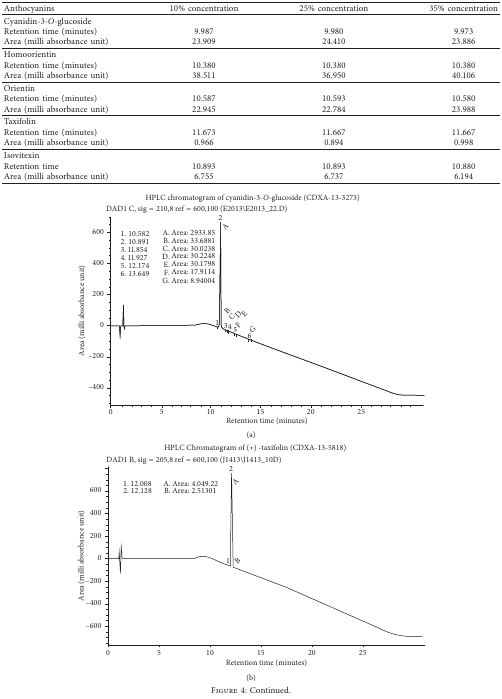
| Anthocyanins | 10% concentration | 25% concentration | 35% concentration |
 | --- | --- | --- | --- |
 | Cyanidin-3-O-glucoside | <COLSPAN=3>  |
 | Retention time (minutes) | 9.987 | 9.980 | 9.973 |
 | Area (milli absorbance unit) | 23.909 | 24.410 | 23.886 |
 | Homoorientin |  |  |  |
 | Retention time (minutes) | 10.380 | 10.380 | 10.380 |
 | Area (milli absorbance unit) | 38.511 | 36.950 | 40.106 |
 | Orientin | <COLSPAN=3>  |
 | Retention time (minutes) | 10.587 | 10.593 | 10.580 |
 | Area (milli absorbance unit) | 22.945 | 22.784 | 23.988 |
 | Taxifolin | <COLSPAN=3>  |
 | Retention time (minutes) | 11.673 | 11.667 | 11.667 |
 | Area (milli absorbance unit) | 0.966 | 0.894 | 0.998 |
 | Isovitexin | <COLSPAN=3>  |
 | Retention time | 10.893 | 10.893 | 10.880 |
 | Area (milli absorbance unit) | 6.755 | 6.737 | 6.194 |